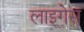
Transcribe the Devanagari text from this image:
लाइगेस